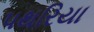
પથરિયા